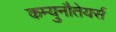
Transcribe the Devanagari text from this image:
कम्युनौतेयर्स